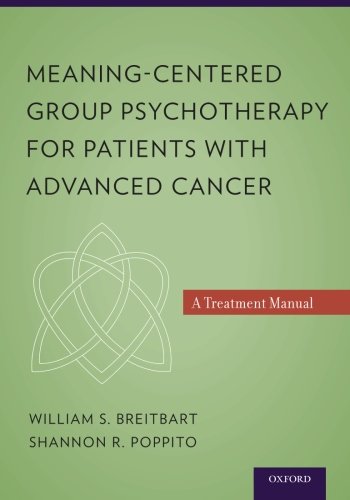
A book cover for Meaning-Centered Group Psychotherapy for Patients with Advanced Cancer: A Treatment Manual; William S. Breitbart; Self-Help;